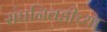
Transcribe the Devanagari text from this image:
संघनिवडीच्या